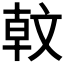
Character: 𣁖